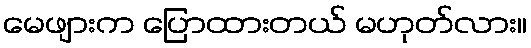
မေဖျားက ပြောထားတယ် မဟုတ်လား။